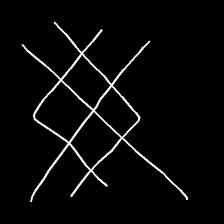
Glyph: crystal